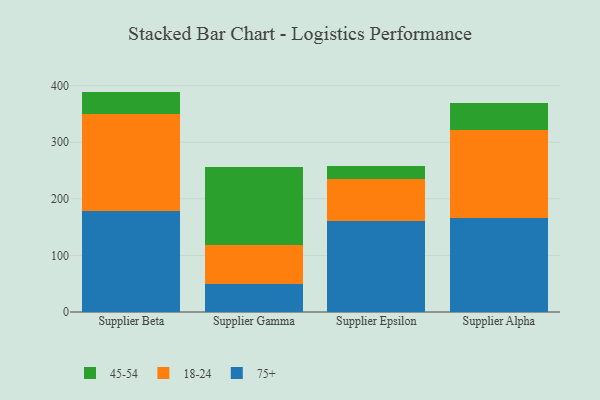
{"axis": {"x": "Supplier", "y": "Demand Index"}, "legend": ["18-24", "45-54", "75+"], "data": [{"x": "Supplier Beta", "y": 178.2, "type": "75+"}, {"x": "Supplier Beta", "y": 172.2, "type": "18-24"}, {"x": "Supplier Beta", "y": 39.1, "type": "45-54"}, {"x": "Supplier Gamma", "y": 49.3, "type": "75+"}, {"x": "Supplier Gamma", "y": 69.5, "type": "18-24"}, {"x": "Supplier Gamma", "y": 138.2, "type": "45-54"}, {"x": "Supplier Epsilon", "y": 161.4, "type": "75+"}, {"x": "Supplier Epsilon", "y": 73.0, "type": "18-24"}, {"x": "Supplier Epsilon", "y": 23.8, "type": "45-54"}, {"x": "Supplier Alpha", "y": 165.4, "type": "75+"}, {"x": "Supplier Alpha", "y": 156.3, "type": "18-24"}, {"x": "Supplier Alpha", "y": 47.4, "type": "45-54"}]}